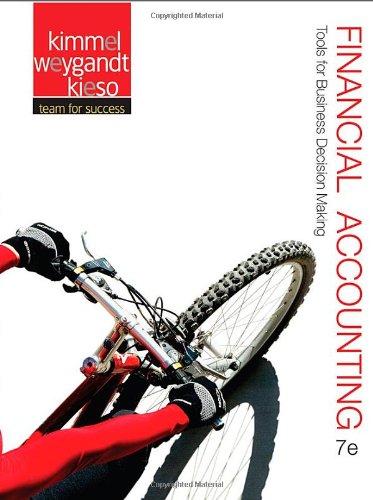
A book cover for Financial Accounting: Tools for Business Decision Making; Paul D. Kimmel; Business & Money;